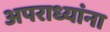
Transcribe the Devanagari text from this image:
अपराध्यांना